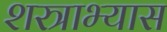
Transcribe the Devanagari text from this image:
शस्त्राभ्यास